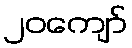
၂၀ကျော်